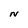
Character: N